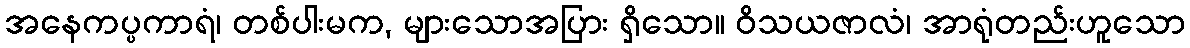
အနေကပ္ပကာရံ၊ တစ်ပါးမက, များသောအပြား ရှိသော။ ဝိသယဇာလံ၊ အာရုံတည်းဟူသော